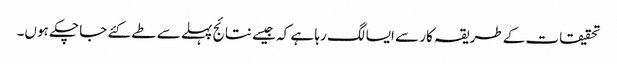
تحقیقات کے طریقہ کار سے ایسا لگ رہا ہے کہ جیسے نتائج پہلے سے طے کئے جا چکے ہوں۔